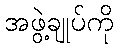
အဖွဲ့ချုပ်ကို